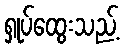
ရှုပ်ထွေးသည့်